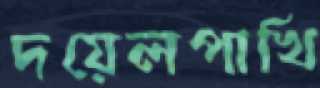
দয়েলপাখি